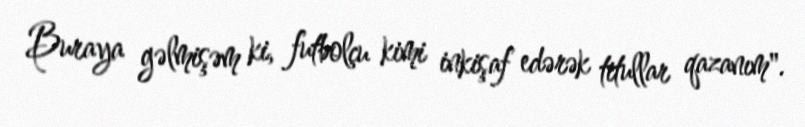
Buraya gəlmişəm ki, futbolçu kimi inkişaf edərək titullar qazanım".